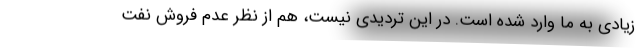
زیادی به ما وارد شده است. در این تردیدی نیست، هم از نظر عدم فروش نفت